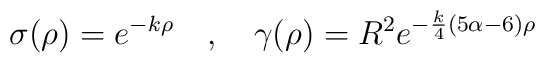
\sigma(\rho)=e^{-k \rho} ~~~,~~~\gamma(\rho)=R^2 e^{-{k \over 4}(5\alpha-6) \rho}